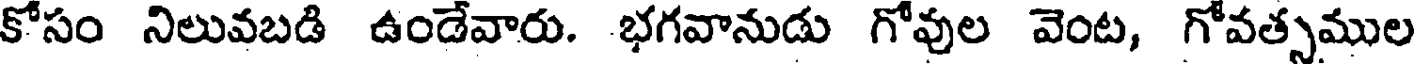
కోసం నిలువబడి ఉండేవారు. భగవానుడు గోవుల వెంట, గోవత్సముల